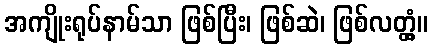
အကျိုးရုပ်နာမ်သာ ဖြစ်ပြီး၊ ဖြစ်ဆဲ၊ ဖြစ်လတ္တံ့။